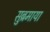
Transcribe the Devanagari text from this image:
सुब्रमाया